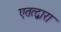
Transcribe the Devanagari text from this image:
एतत्द्वारा